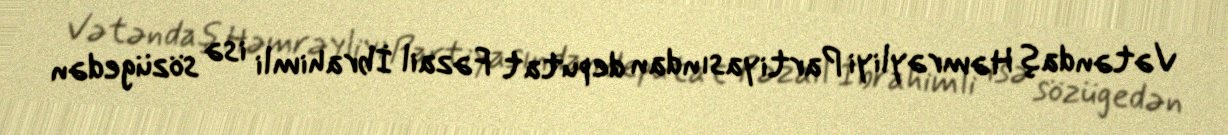
Vətəndaş Həmrəyliyi Partiyasından deputat Fəzail İbrahimli isə sözügedən